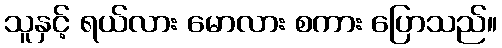
သူနှင့် ရယ်လား မောလား စကား ပြောသည်။